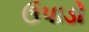
ઉપાડો